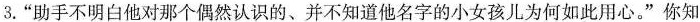
3.”助手不明白他对那个偶然认识的、并不知道他名字的小女孩儿为何如此用心。”你知